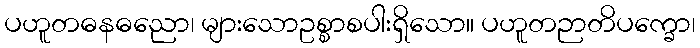
ပဟူတဓနဓညော၊ များသောဥစ္စာစပါးရှိသော။ ပဟူတဉာတိပက္ခော၊